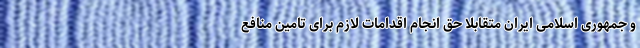
و جمهوری اسلامی ایران متقابلا حق انجام اقدامات لازم برای تامین منافع